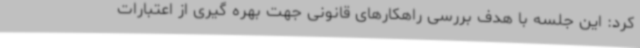
کرد: این جلسه با هدف بررسی راهکارهای قانونی جهت بهره گیری از اعتبارات